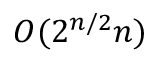
O ( 2 ^ { n / 2 } n )